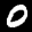
Label: 0